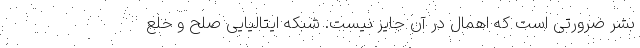
بشر ضرورتی است که اهمال در آن جایز نیست. شبکه ایتالیایی صلح و خلع